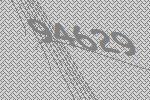
94629